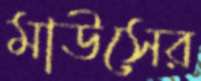
মাউসের